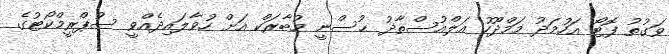
ވަގުތު ފޮޓޯ އަހުމަދު މަމްދޫހު އަލްއުސްތާޛު ޙުސްނީ މުބާރަކް އަށް ހުވާލައިދެއްވީ ސުޕްރީމްކޯޓުގެ